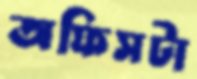
অফিসটা